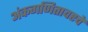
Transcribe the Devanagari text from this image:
अंकगणितावरचे